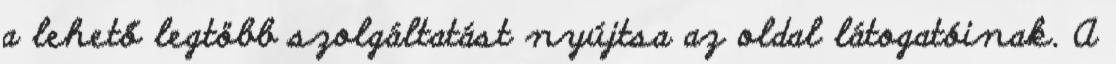
a lehető legtöbb szolgáltatást nyújtsa az oldal látogatóinak. A